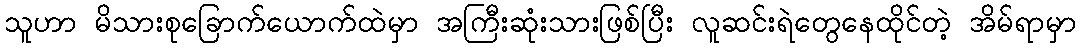
သူဟာ မိသားစုခြောက်ယောက်ထဲမှာ အကြီးဆုံးသားဖြစ်ပြီး လူဆင်းရဲတွေနေထိုင်တဲ့ အိမ်ရာမှာ